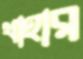
থাহার